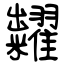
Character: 糶